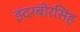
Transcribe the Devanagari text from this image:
इंदरबीरसिंह